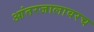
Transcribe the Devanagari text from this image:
आंतरजालावरच